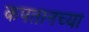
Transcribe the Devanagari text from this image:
कपतानच्या